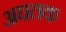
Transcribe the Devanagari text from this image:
अघतक